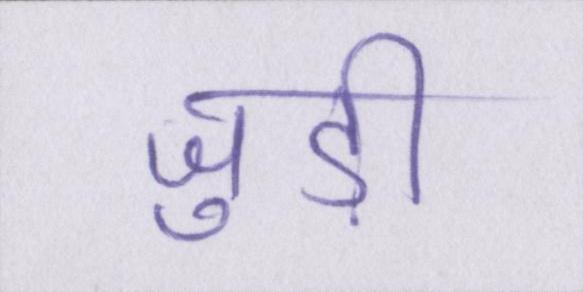
जुड़ी